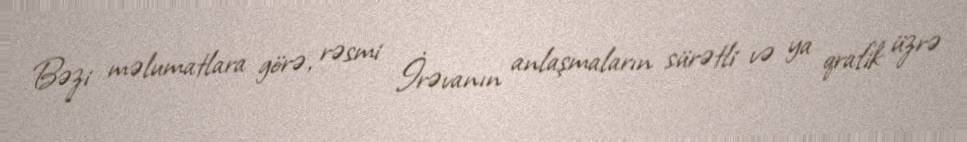
Bəzi məlumatlara görə, rəsmi İrəvanın anlaşmaların sürətli və ya qrafik üzrə